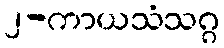
၂-ကာယသံသဂ္ဂ